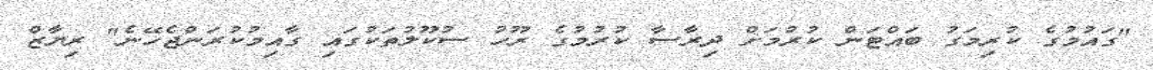
"ގައުމުގެ ކުރިމަގު ބައްޓަން ކުރުމަށް ދިރާސާ ކުރުމުގެ ރޫހު ސުކޫލުތަކުގައި ގާއިމުކުރަންޖެހޭނެ" ރިޔާޒް